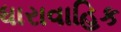
ધારાવાહિક